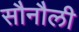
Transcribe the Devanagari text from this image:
सौनौली